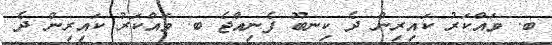
ބ. ވައްކަރު ކައިރިން ދެ ކިނބޫ ފެނިއްޖެ ބ. ވައްކަރު ކައިރިން ދެ